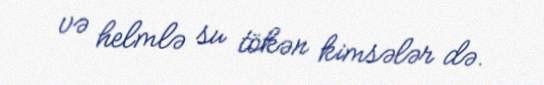
və helmlə su tökən kimsələr də.